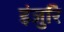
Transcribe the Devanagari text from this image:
इंजुरि